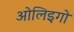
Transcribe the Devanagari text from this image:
ओलिइगो